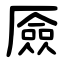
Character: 厱